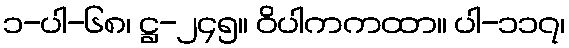
၁-ပါ-၆၈၊ ဋ္ဌ-၂၄၅။ ဝိပါကကထာ။ ပါ-၁၁၇၊